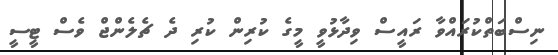
ނިސްބަތްކުރައްވާ ރައީސް ވިދާޅުވީ މީގެ ކުރިން ކުރި ދެ ޗެލެންޖް ވެސް ޓީސީ